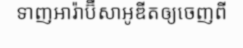
ទាញអារ៉ាប៊ីសាអូឌីតឲ្យចេញពី